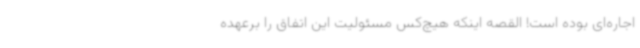
اجاره‌ای بوده است! القصه اینکه هیچ‌کس مسئولیت این اتفاق را برعهده